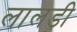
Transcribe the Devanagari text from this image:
लालड़ी